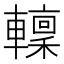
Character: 𨎹